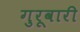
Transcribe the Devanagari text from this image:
गुरूवारी